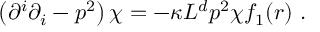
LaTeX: \left( \partial ^ { i } \partial _ { i } - p ^ { 2 } \right) \chi = - \kappa L ^ { d } p ^ { 2 } \chi f _ { 1 } ( r ) ~ .